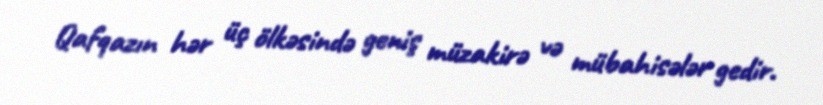
Qafqazın hər üç ölkəsində geniş müzakirə və mübahisələr gedir.